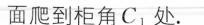
面爬到柜角C_{1}处。